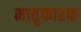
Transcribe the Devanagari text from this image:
मातृकारक